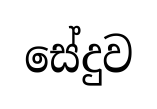
සේදුව